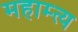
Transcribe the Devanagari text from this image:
महाम्त्य